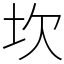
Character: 坎